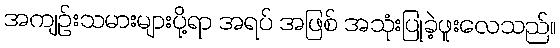
အကျဉ်းသမားများပို့ရာ အရပ် အဖြစ် အသုံးပြုခဲ့ဖူးလေသည်။